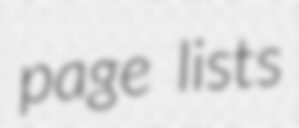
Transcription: page lists